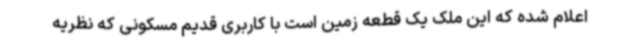
اعلام شده که این ملک یک قطعه زمین است با کاربری قدیم مسکونی که نظریه